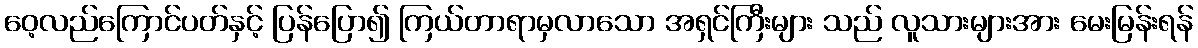
ဝေ့လည်ကြောင်ပတ်နှင့် ပြန်ပြော၍ ကြယ်တာရာမှလာသော အရှင်ကြီးများ သည် လူသားများအား မေးမြန်းရန်